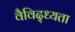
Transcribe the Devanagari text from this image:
वैविद्ध्यता